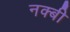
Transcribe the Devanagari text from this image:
नक्बी